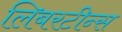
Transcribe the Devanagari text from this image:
लिबरटीन्स